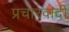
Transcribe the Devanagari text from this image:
प्रचारवादी